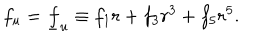
LaTeX: f _ { u } = \underline { { { f } } } _ { u } \equiv f _ { 1 } r + f _ { 3 } r ^ { 3 } + f _ { 5 } r ^ { 5 } .